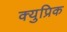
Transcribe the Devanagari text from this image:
क्युप्रिक